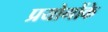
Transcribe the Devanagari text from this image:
प्रयोगोंके